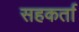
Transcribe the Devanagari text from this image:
सहकर्ता